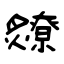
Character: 爒